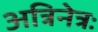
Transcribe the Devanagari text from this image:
अत्रिनेत्रः